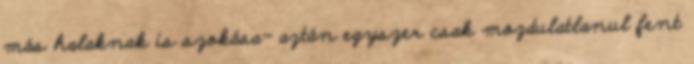
más halaknak is szokása- aztán egyszer csak mozdulatlanul fent